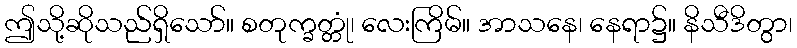
ဤသို့ဆိုသည်ရှိသော်။ စတုက္ခတ္တုံ၊ လေးကြိမ်။ အာသနေ၊ နေရာ၌။ နိသီဒိတွာ၊